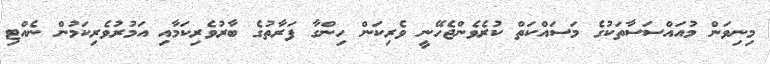
މިނިވަން މުއައްސަސާތަކުގެ މަސައްކަތް ކުރެވެންޖެހޭނީ ވެރިކަން ހިންގާ ފަރާތުގެ ބާރުވެރިކަމާއި އަމުރުވެރިކަމުން ނެއްޓި